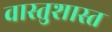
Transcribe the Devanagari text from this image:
वास्तुशास्त